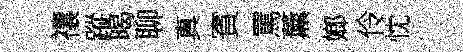
禳蹤暍聊真賓罵薰嫏伶忱